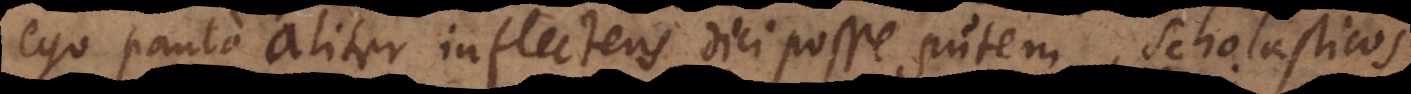
ego paulo aliter inflectens dici posse putem, Scholasticos